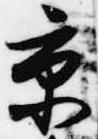
京